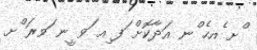
ްށ ެއހެ ްނ އަދާކޮށް ަފ ިއ ަވ ީނ ަވރަ ްށ